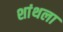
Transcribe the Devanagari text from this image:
शांथला